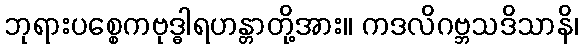
ဘုရားပစ္စေကဗုဒ္ဓါရဟန္တာတို့အား။ ကဒလိဂဗ္ဘသဒိသာနိ၊